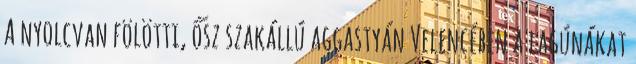
A nyolcvan fölötti, ősz szakállú aggastyán Velencében a lagúnákat